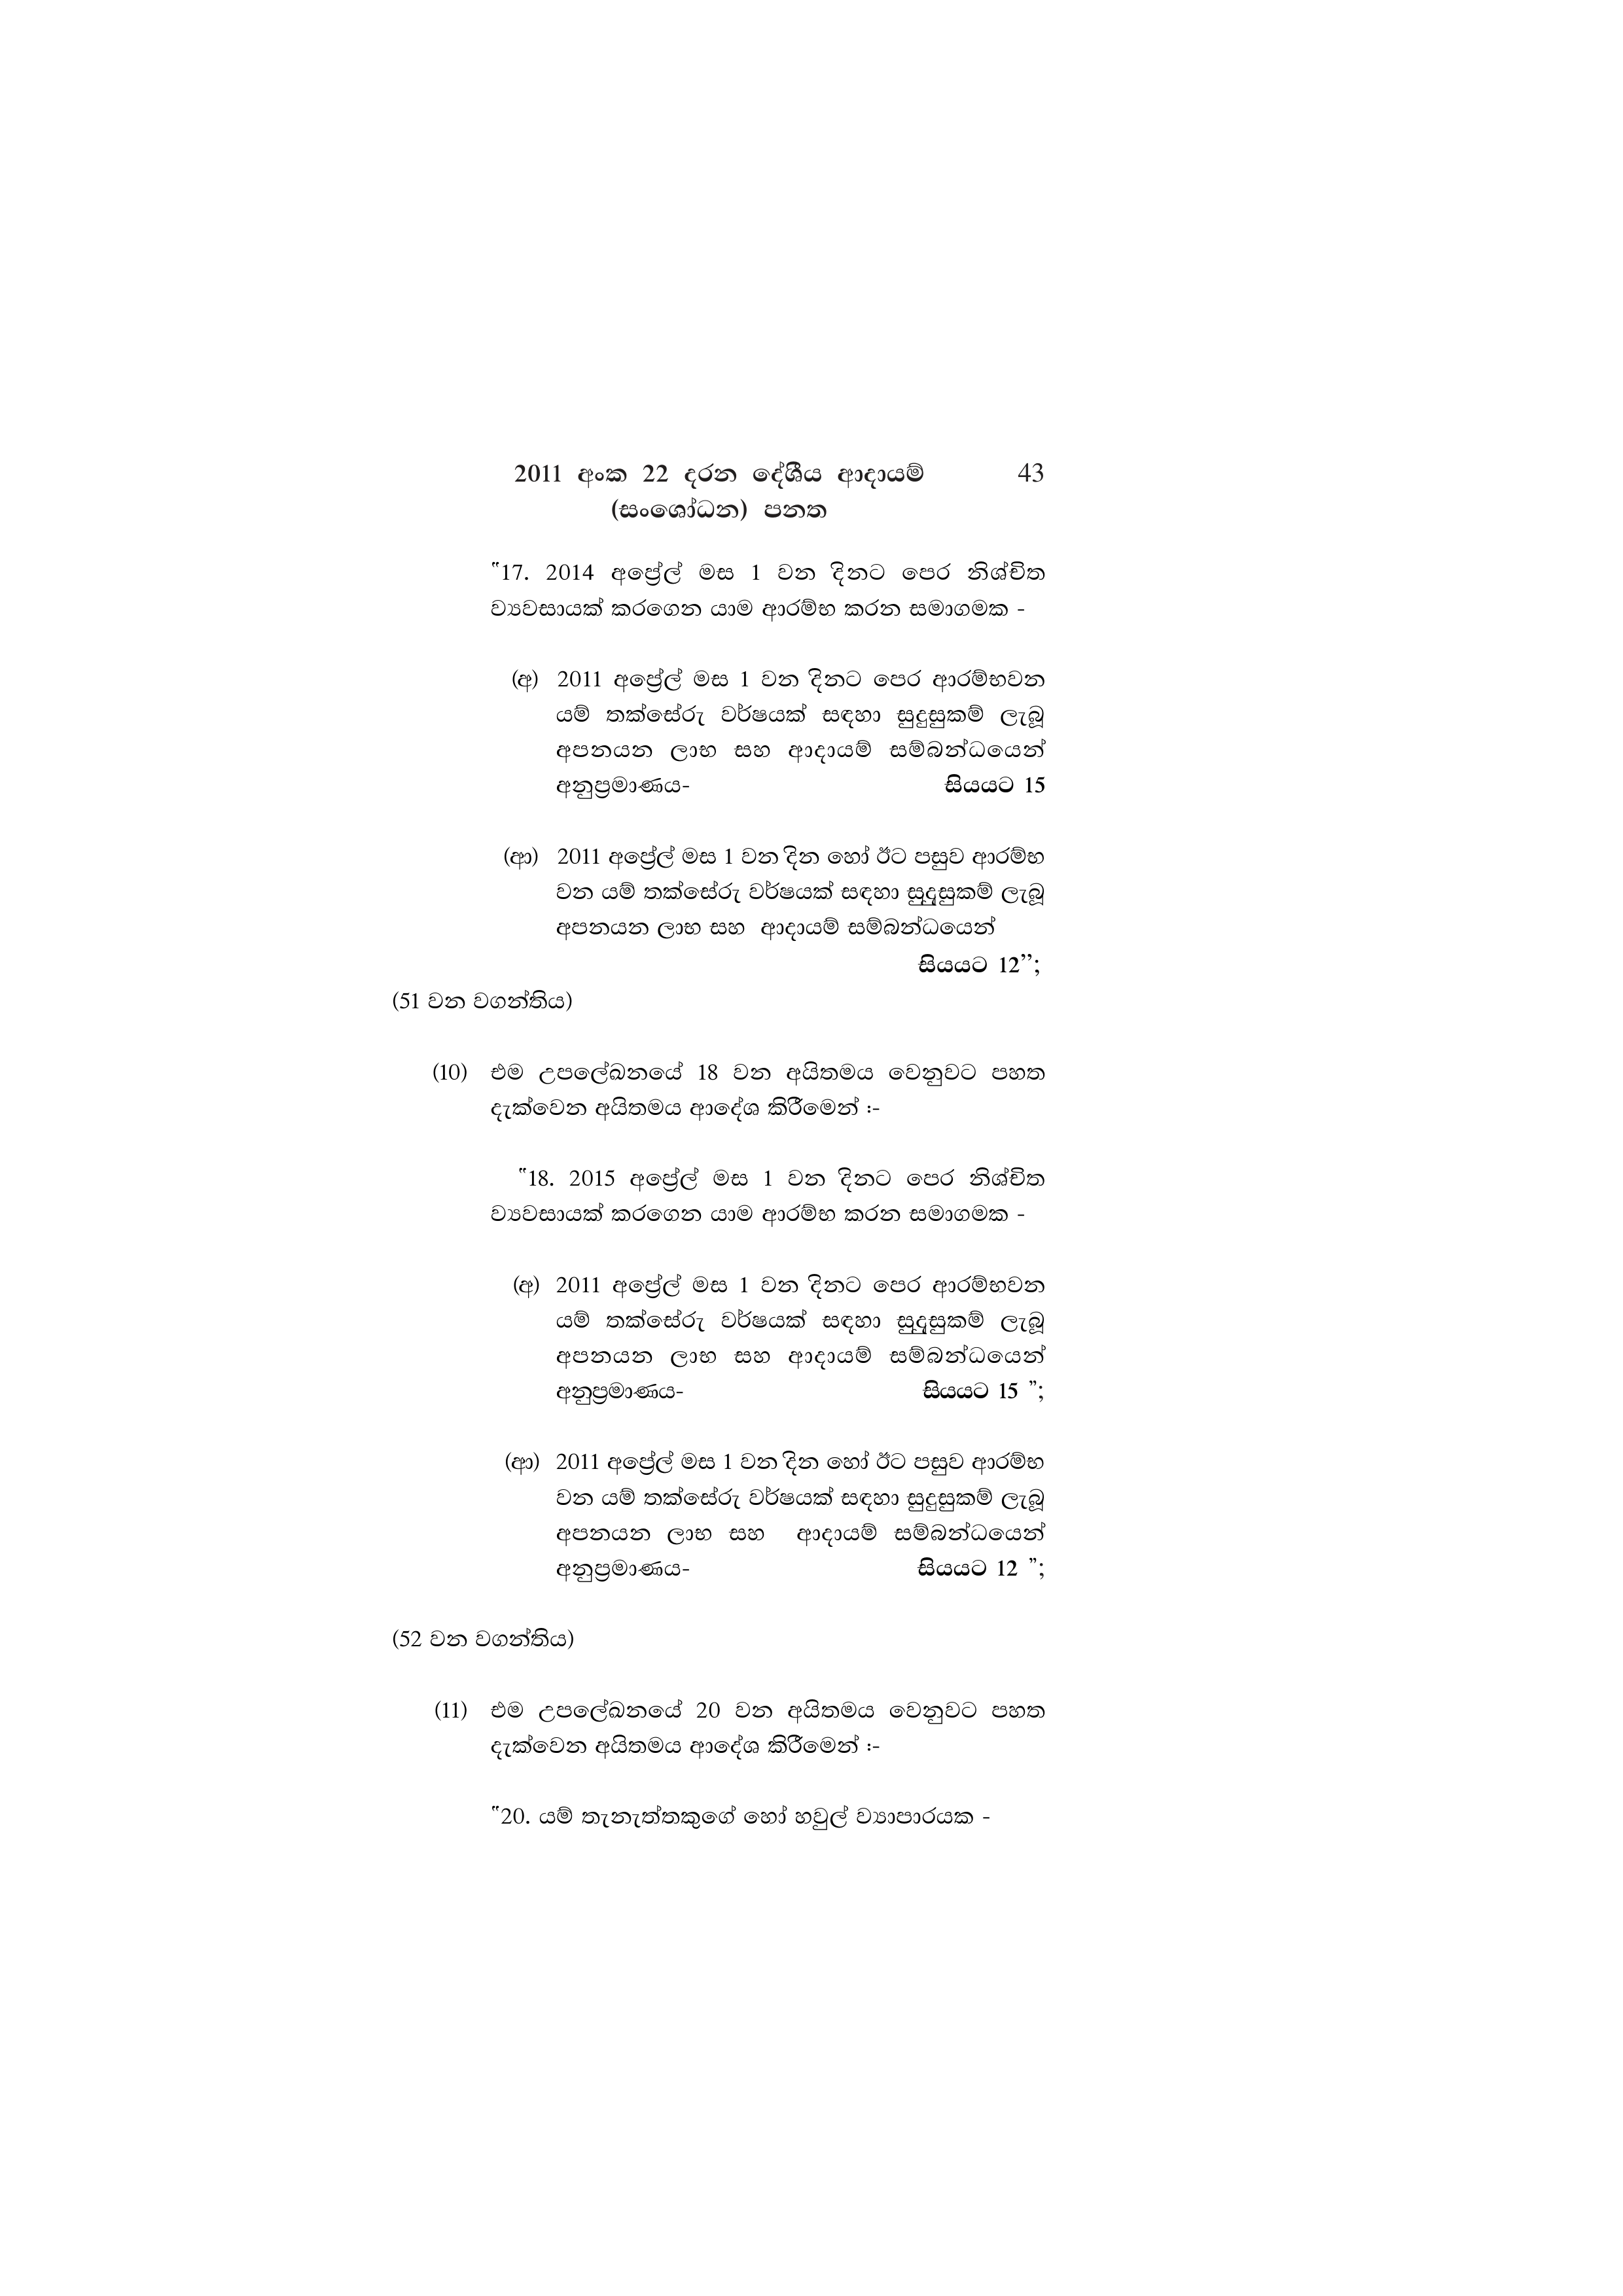
2011 අංක 22 දරන දේශීය ආදායම් 43
(සංශෝධන) පනත

"17. 2014 අප්‍රේල් මස 1 වන දිනට පෙර නිශ්චිත
ව්‍යවසායක් කරගෙන යාම ආරම්භ කරන සමාගමක -

(අ) 2011 අප්‍රේල් මස 1 වන දිනට පෙර ආරම්භවන
යම් තක්සේරු වර්ෂයක් සඳහා සුදුසුකම් ලැබූ
අපනයන ලාභ සහ ආදායම් සම්බන්ධයෙන්
අනුප්‍රමාණය- සියයට 15

(ආ) 2011 අප්‍රේල් මස 1 වන දින හෝ ඊට පසුව ආරම්භ
වන යම් තක්සේරු වර්ෂයක් සඳහා සුදුසුකම් ලැබූ
අපනයන ලාභ සහ ආදායම් සම්බන්ධයෙන්
සියයට 12”;

(51 වන වගන්තිය)

(10) එම උපලේඛනයේ 18 වන අයිතමය වෙනුවට පහත
දැක්වෙන අයිතමය ආදේශ කිරීමෙන් :-

"18. 2015 අප්‍රේල් මස 1 වන දිනට පෙර නිශ්චිත
ව්‍යවසායක් කරගෙන යාම ආරම්භ කරන සමාගමක -

(අ) 2011 අප්‍රේල් මස 1 වන දිනට පෙර ආරම්භවන
යම් තක්සේරු වර්ෂයක් සඳහා සුදසුකම් ලැබූ
අපනයන ලාභ සහ ආදායම් සම්බන්ධයෙන්
අනුප්‍රමාණය- සියයට 15 ";

(ආ) 2011 අප්‍රේල් මස 1 වන දින හෝ ඊට පසුව ආරම්භ
වන යම් තක්සේරු වර්ෂයක් සඳහා සුදුසුකම් ලැබූ
අපනයන ලාභ සහ ආදායම් සම්බන්ධයෙන්
අනුප්‍රමාණය- සියයට 12 ”;

(52 වන වගන්තිය)

(11) එම උපලේඛනයේ 20 වන අයිතමය වෙනුවට පහත
දැක්වෙන අයිතමය ආදේශ කිරීමෙන් :-

"20. යම් තැනැත්තකුගේ හෝ හවුල් ව්‍යාපාරයක -